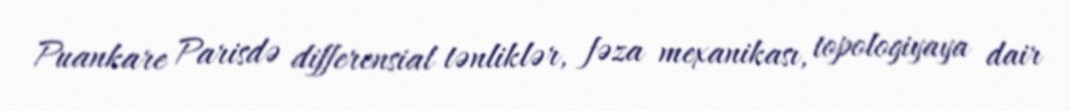
Puankare Parisdə differensial tənliklər, fəza mexanikası, topologiyaya dair